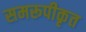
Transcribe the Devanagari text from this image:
समरूपीकृत